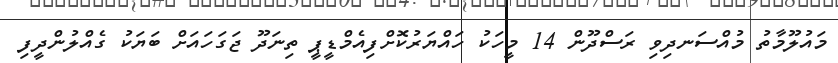
މައުލޫމާތު މުއްސަނދިވި ރަސްދޫން 14 މީހަކު ހައްޔަރުކޮށްފިއެމްޑީޕީ ތިނަދޫ ޖަގަހައަށް ބަޔަކު ގެއްލުންދީފި